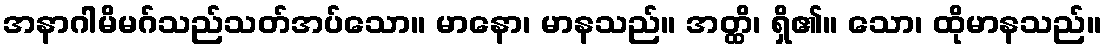
အနာဂါမိမဂ်သည်သတ်အပ်သော။ မာနော၊ မာနသည်။ အတ္ထိ၊ ရှိ၏။ သော၊ ထိုမာနသည်။